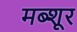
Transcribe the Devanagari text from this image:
मब्शूर